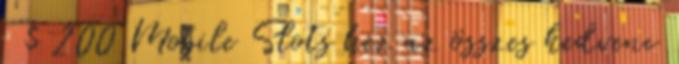
$ 200 Mobile Slots hez az összes kedvenc